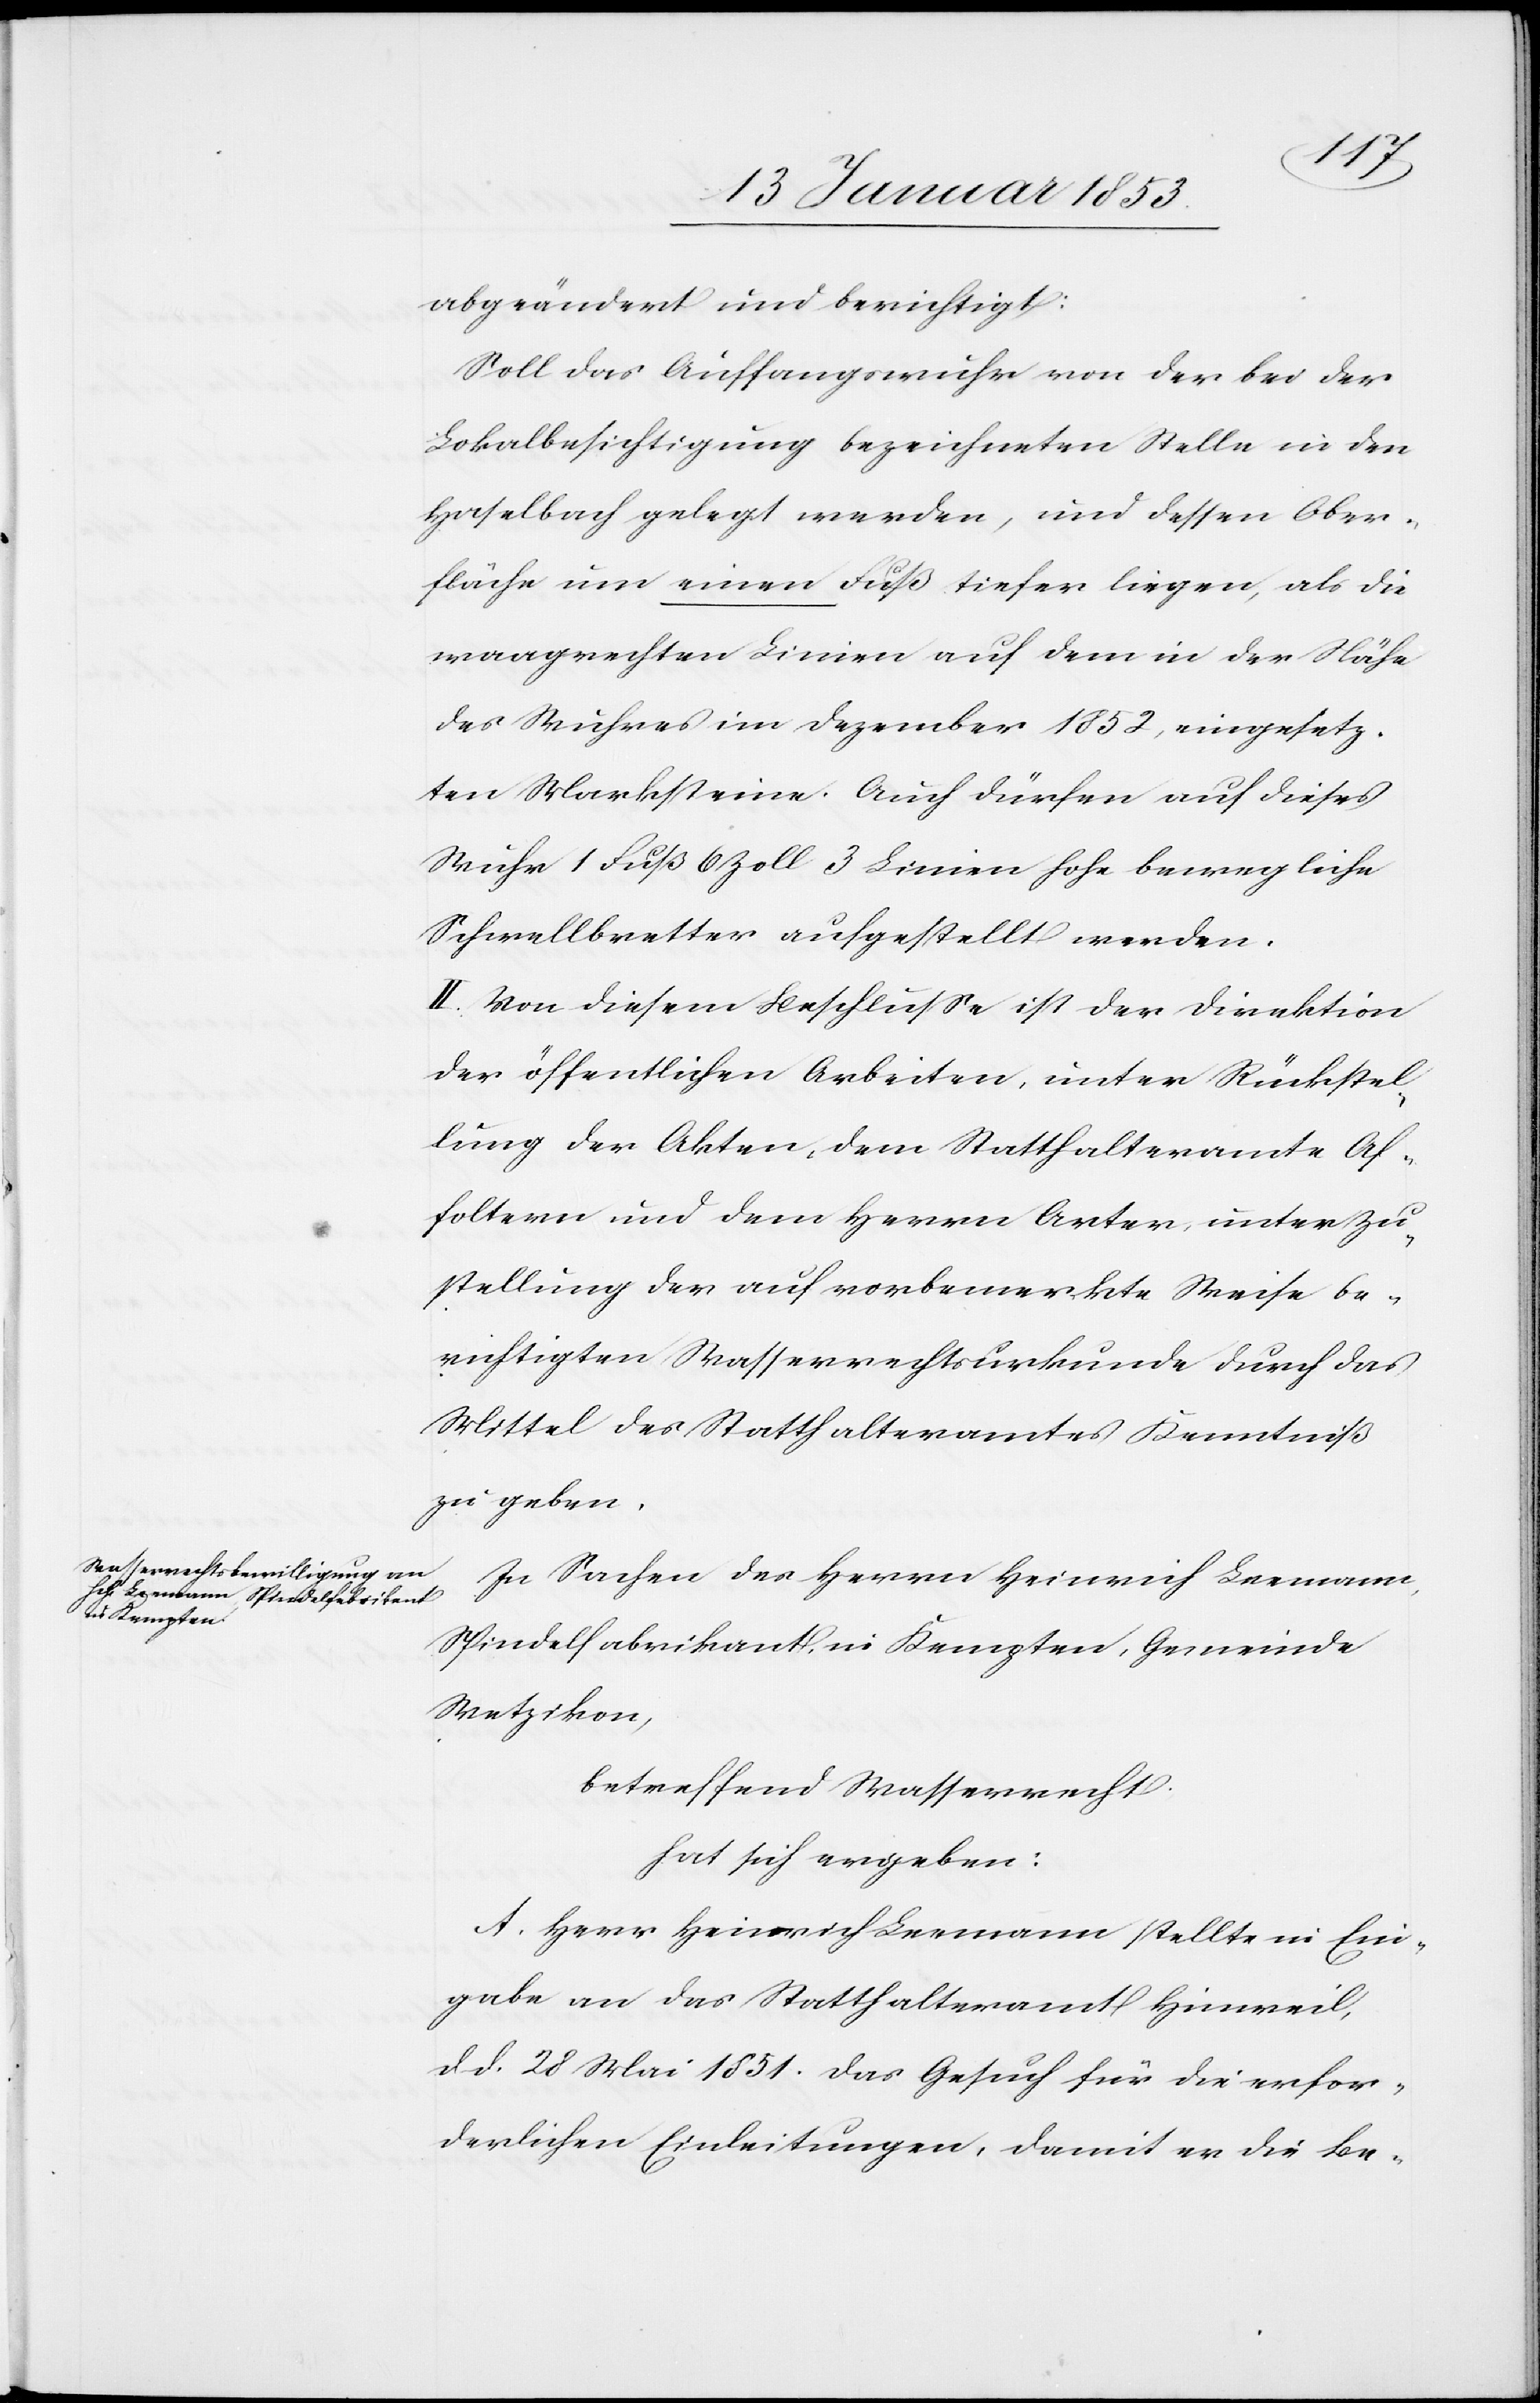
rechtigten

abgeändert und berichtigt:
Soll das Auffangwuhr von der bei der
Lokalbesichtigung bezeichneten Stelle in den
Haselbach gelegt werden, und dessen Ober¬
fläche um einen Fuß tiefer liegen, als die
waagrechten Linien auf dem in der Nähe
des Striches im Dezember 1852, eingesetz¬
ten Marksteine. Auch dürfen auf dieses
Wuhr 1 Fuß 6 Zoll 3 Linien hohe bewegliche
Schwellbretter aufgestellt werden.
II. Von diesem Beschluße ist der Direktion
der öffentlichen Arbeiten, unter Rückstel¬
lung der Akten, dem Statthalteramte Af¬
foltern und dem Herrn Arter unter Zu¬
stellung der auf vorbemerkte Weise be¬
Mittel des Statthalteramtes Kenntniß
zu geben.
In Sachen des Herrn Heinrich Leemann,
Spindelfabrikant in Kempten, Gemeinde
Wetzikon,
betreffend Wasserrecht
hat sich ergeben:
A. Herr Heinrich Leemann stellte in Ein¬
gabe an das Statthalteramt Hinweil,
d. d. 28 Mai 1851 das Gesuch für die erfor¬
derlichen Einleitungen, damit er die Be-